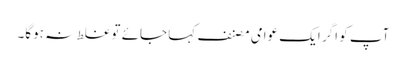
آپ کو اگر ایک عوامی مصنف کہا جائے تو غلط نہ ہوگا۔